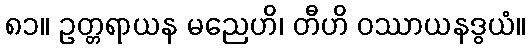
၈၁။ ဥတ္တရာယန မညေဟိ၊ တီဟိ ဝဿာယနဒွယံ။